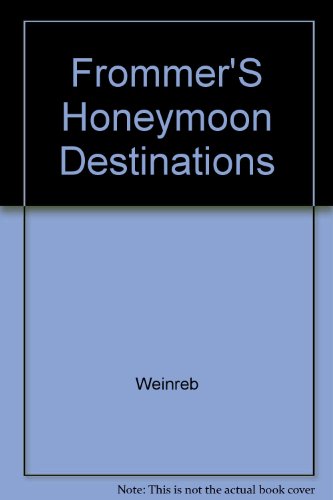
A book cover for Frommer's Honeymoon Destinations; Risa Weinreb; Crafts, Hobbies & Home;